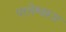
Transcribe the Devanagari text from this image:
परमेश्वरूप